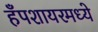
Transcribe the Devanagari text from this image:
हँपशायरमध्ये